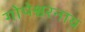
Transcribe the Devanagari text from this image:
गोपेश्वरनाथ